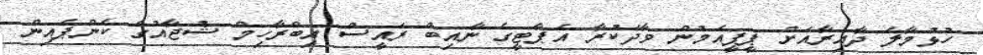
ހުޅުމާލެ ދާއިރާއަށް ޕީޕީއެމުން ވާދަކުރާ އެޕާޓީގެ ނާއިބް ރައީސް އިބްރާހިމް ޝުޖާއުގެ ކެންޕެއިން